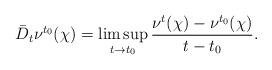
LaTeX: \begin{align*}\bar{D}_t \nu^{t_0}(\chi)=\limsup_{t \rightarrow t_0} \frac{\nu^t(\chi)-\nu^{t_0}(\chi)}{t-t_0}.\end{align*}